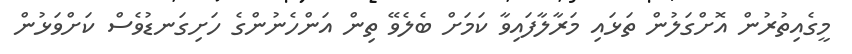
މީގެއިތުރުން އޮށްގަލުން ތަޅައި މަރާލާފައިވާ ކަމަށް ބެލެވޭ ތިން އަންހެނުންގެ ހަށިގަނޑުވެސް ކަށްވަޅުން